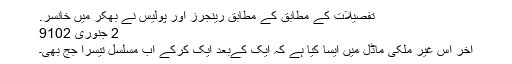
تفصیلات کے مطابق کے مطابق رینجرز اور پولیس نے بھکر میں خانسر.
2 جنوری‬‮ 2019
آخر اس غیر ملکی ماڈل میں ایسا کیا ہے کہ ایک کےبعد ایک کرکے اب مسلسل تیسرا جج بھی۔